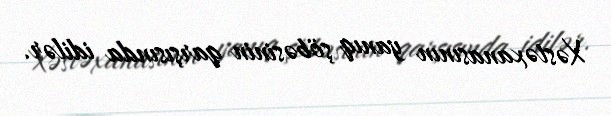
Xəstəxanasının yanıq şöbəsinin qarşısında idilər.